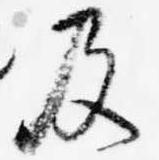
及